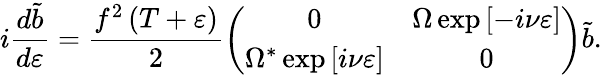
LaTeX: i\frac{d\tilde{b}}{d\varepsilon}=\frac{f^{2}\left(T+\varepsilon\right)}{2}\left(\begin{array}{cc}{0}&{\Omega\exp\left[-i\nu\varepsilon\right]}\\ {\Omega^{\ast}\exp\left[i\nu\varepsilon\right]}&{0}\end{array}\right)\tilde{b}.